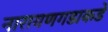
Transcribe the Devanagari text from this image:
नारायणगडाकडे